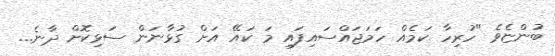
ބުންޏެވެ "ހުރިހާ ކަމެއް ހަމަޖައްސައިފައި މަ ކައޭ އަށް ގުޅާނަން ސަޅިކޮށް ދާނެ...